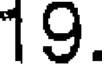
19.